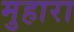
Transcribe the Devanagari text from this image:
मुहारा